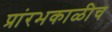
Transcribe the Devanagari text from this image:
प्रांरभकाळीच